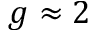
g \approx 2